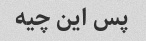
پس این چیه